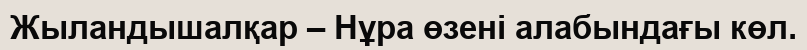
Жыландышалқар – Нұра өзені алабындағы көл.